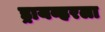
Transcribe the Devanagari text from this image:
ड्रायव्हरला